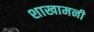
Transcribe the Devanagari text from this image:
शाखामनी